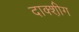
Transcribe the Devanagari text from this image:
दाक्श़ीग